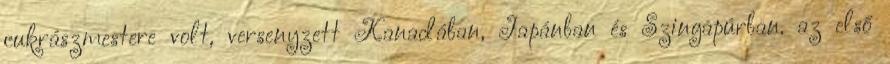
cukrászmestere volt, versenyzett Kanadában, Japánban és Szingapúrban. az első